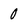
Character: 0